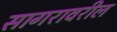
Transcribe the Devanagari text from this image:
सागरावरील